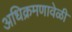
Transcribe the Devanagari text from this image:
अधिक्रमणावेळी